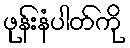
ဖုန်းနံပါတ်ကို